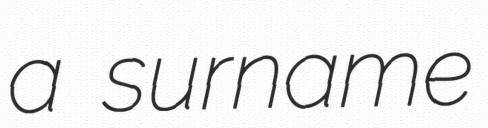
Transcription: a surname